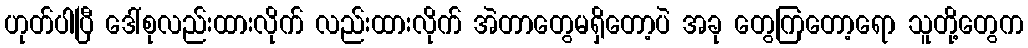
ဟုတ်ပါပြီ ဒေါ်စုလည်းထားလိုက် လည်းထားလိုက် အဲတာတွေမရှိတော့ပဲ အခု တွေကြတော့ရော သူတို့တွေက